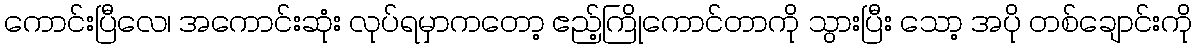
ကောင်းပြီလေ၊ အကောင်းဆုံး လုပ်ရမှာကတော့ ဧည့်ကြိုကောင်တာကို သွားပြီး သော့ အပို တစ်ချောင်းကို